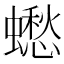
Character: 𧒸